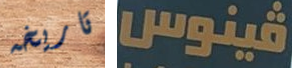
تاريخه فينوس